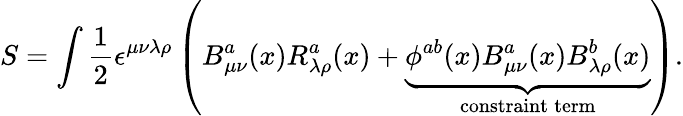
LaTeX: S=\int\frac{1}{2}\epsilon^{\mu\nu\lambda\rho}\left(B_{\mu\nu}^{a}(x)R_{\lambda\rho}^{a}(x)+\underbrace{\phi^{ab}(x)B_{\mu\nu}^{a}(x)B_{\lambda\rho}^{b}(x)}_{\mathrm{constraint\: term}}\right).